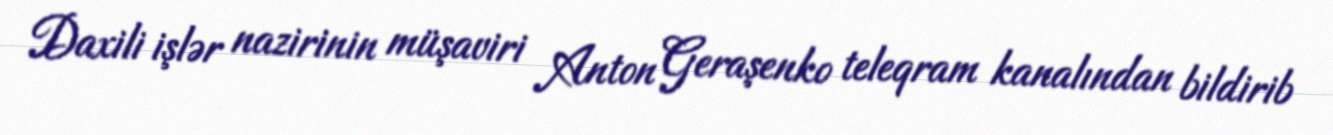
Daxili işlər nazirinin müşaviri Anton Geraşenko teleqram kanalından bildirib